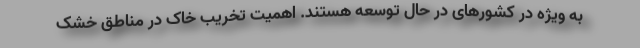
به ویژه در کشورهای در حال توسعه هستند. اهمیت تخریب خاک در مناطق خشک